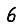
Digit: 6